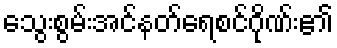
သွေးစွမ်းအင်နတ်ရေစင်ဂိုဏ်း၏